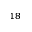
^ { 1 8 }